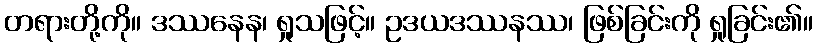
တရားတို့ကို။ ဒဿနေန၊ ရှုသဖြင့်။ ဥဒယဒဿနဿ၊ ဖြစ်ခြင်းကို ရှုခြင်း၏။